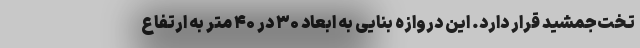
تخت‌جمشید قرار دارد. این دروازه بنایی به ابعاد ۳۰ در ۴۰ متر به ارتفاع